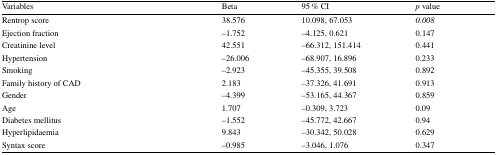
<table><thead><tr><td><b>Variables</b></td><td><b>Beta</b></td><td><b>95 % CI</b></td><td><b><i>p</i> value</b></td></tr></thead><tbody><tr><td>Rentrop score</td><td>38.576</td><td>10.098, 67.053</td><td><i>0.008</i></td></tr><tr><td>Ejection fraction</td><td>−1.752</td><td>−4.125, 0.621</td><td>0.147</td></tr><tr><td>Creatinine level</td><td>42.551</td><td>−66.312, 151.414</td><td>0.441</td></tr><tr><td>Hypertension</td><td>−26.006</td><td>−68.907, 16.896</td><td>0.233</td></tr><tr><td>Smoking</td><td>−2.923</td><td>−45.355, 39.508</td><td>0.892</td></tr><tr><td>Family history of CAD</td><td>2.183</td><td>−37.326, 41.691</td><td>0.913</td></tr><tr><td>Gender</td><td>−4.399</td><td>−53.165, 44.367</td><td>0.859</td></tr><tr><td>Age</td><td>1.707</td><td>−0.309, 3.723</td><td>0.09</td></tr><tr><td>Diabetes mellitus</td><td>−1.552</td><td>−45.772, 42.667</td><td>0.94</td></tr><tr><td>Hyperlipidaemia</td><td>9.843</td><td>−30.342, 50.028</td><td>0.629</td></tr><tr><td>Syntax score</td><td>−0.985</td><td>−3.046, 1.076</td><td>0.347</td></tr></tbody></table>